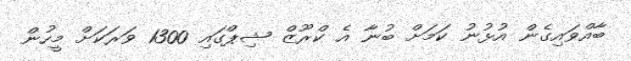
ބާއްވައިގެން އުޅުނު ކަމަށް ބުނާ އެ ކްރޫޒް ޝިޕްގައި 1300 ވަރަކަށް މީހުން